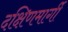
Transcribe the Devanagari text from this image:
दक्षिणमार्गी